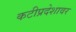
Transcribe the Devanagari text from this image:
कटीप्रदेशावर